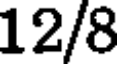
12/8